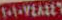
٢٠١٠٧٤٨٤٤٦